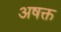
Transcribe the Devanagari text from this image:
अषक्त